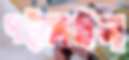
পট্‌কাইল